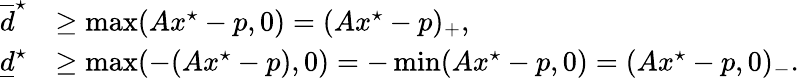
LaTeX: \begin{array}{rl}{\overline{d}^{\star}}&{\geq\operatorname*{max}(Ax^{\star}-p,0)=(Ax^{\star}-p)_{+},}\\ {\underline{d}^{\star}}&{\geq\operatorname*{max}(-(Ax^{\star}-p),0)=-\operatorname*{min}(Ax^{\star}-p,0)=(Ax^{\star}-p,0)_{-}.}\end{array}